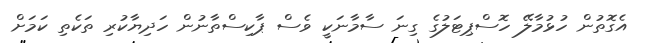
އެގޮތުން ހުޅުމާލޭ ހޮސްޕިޓަލުގެ ގިނަ ސާމާނަކީ ވެސް ޕާކިސްތާނުން ހަދިޔާކުރި ތަކެތި ކަމަށް